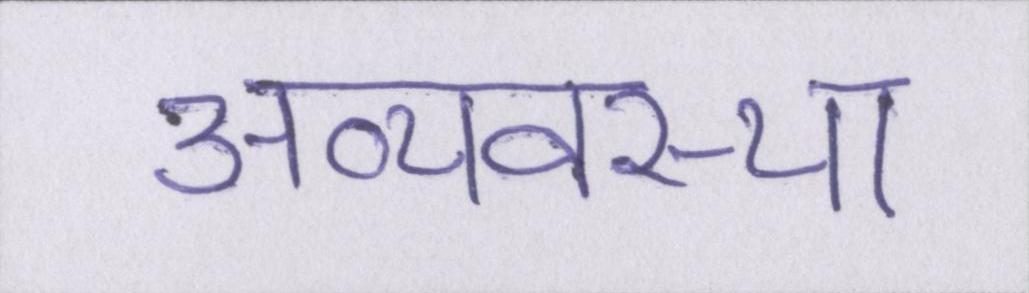
अव्यवस्था